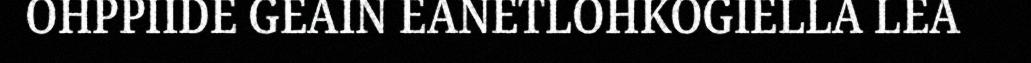
OHPPIIDE GEAIN EANETLOHKOGIELLA LEA